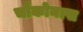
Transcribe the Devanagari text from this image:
चौकोनास